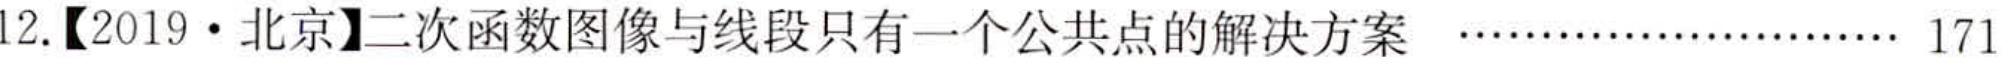
12.【2019·北京】二次函数图像与线段只有一个公共点的解决方案 ……………………… 171